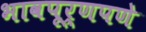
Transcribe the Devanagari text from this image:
भावपूर्णपणे